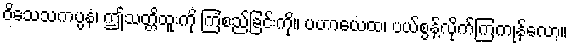
ဝိသေသကပ္ပနံ၊ ဤသတ္တိထူးကို ကြံစည်ခြင်းကို။ ပဟာယေထ၊ ပယ်စွန့်လိုက်ကြကုန်လော့။